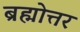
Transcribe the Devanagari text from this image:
ब्रह्मोत्तर